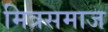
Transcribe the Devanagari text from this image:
मित्रसमाज